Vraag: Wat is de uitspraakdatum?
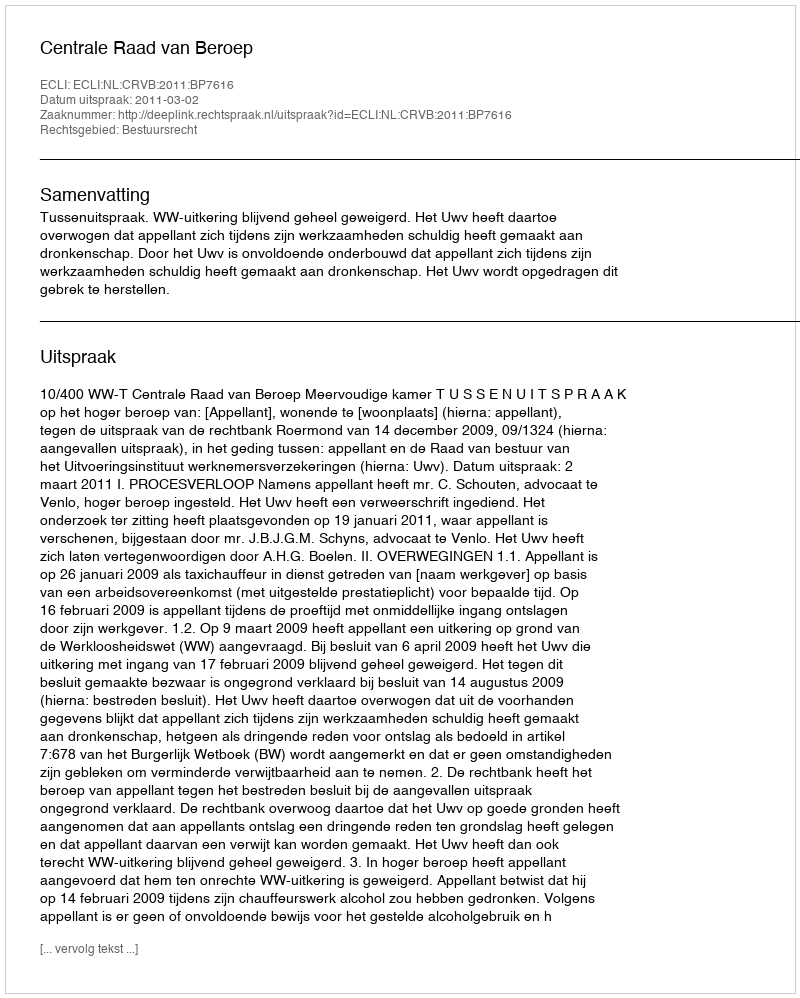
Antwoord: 2011-03-02